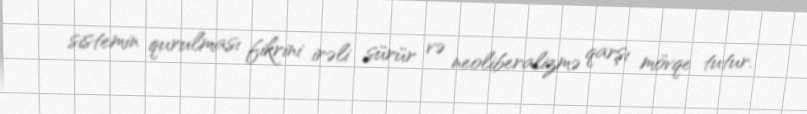
sistemin qurulması fikrini irəli sürür və neoliberalizmə qarşı mövqe tutur.